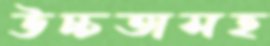
উচ্চতাসহ